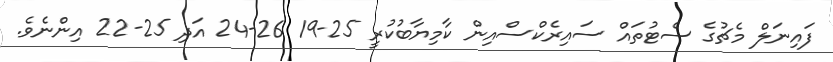
ފައިނަލް މެޗުގެ ސެޓުތައް ސައިރެކްސްއިން ކާމިޔާބުކުރީ 25-19 26-24 އަދި 25-22 އިންނެވެ.